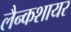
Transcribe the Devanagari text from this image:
लैन्कशायर